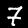
Digit: 7